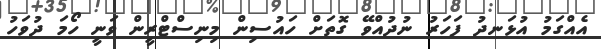
އެއްގަމު އުޅަނދު ފަހަރު ނުދުއްވޭ ގޮތަށް ހައުސިން މިނިސްޓްރީން ވަނީ ހޯމަ ދުވަހު